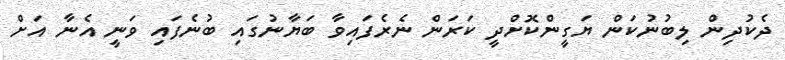
ދެކުދިން ލިބުނުކަން ޔަގީންކޮށްދީ ކަރަން ނެރެފައިވާ ބަޔާނުގައި ބުނެފައި ވަނީ އެނާ އަށް